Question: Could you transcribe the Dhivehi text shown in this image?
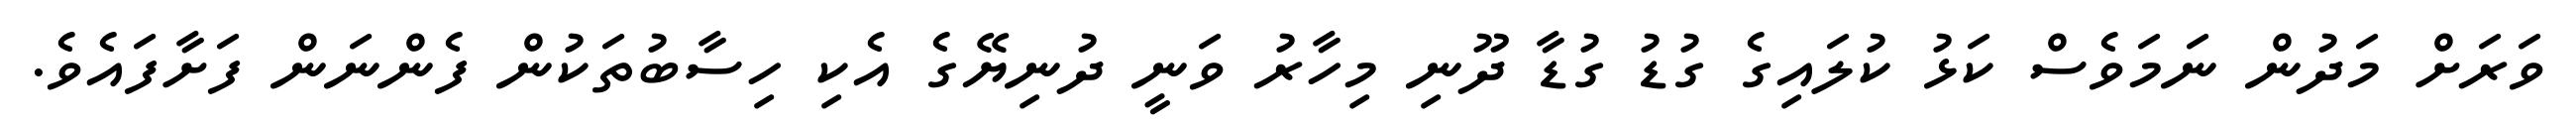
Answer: ވަރަށް މަދުން ނަމަވެސް ކަޅު ކުލައިގެ ގުޑު ގުޑާ ދޫނި މިހާރު ވަނީ ދުނިޔޭގެ އެކި ހިސާބުތަކުން ފެންނަން ފަށާފައެވެ.